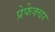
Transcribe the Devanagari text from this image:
प्रेफेक्चर